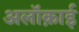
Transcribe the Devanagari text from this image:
अलॉक़ाई